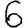
Digit: 6